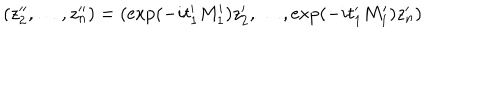
( z _ { 2 } ^ { \prime \prime } , \ldots , z _ { n } ^ { \prime \prime } ) = ( \exp ( - i t _ { 1 } ^ { \prime } M _ { 1 } ^ { \prime } ) z _ { 2 } ^ { \prime } , \ldots , \exp ( - i t _ { 1 } ^ { \prime } M _ { 1 } ^ { \prime } ) z _ { n } ^ { \prime } )